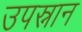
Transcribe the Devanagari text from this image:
उपस्नान